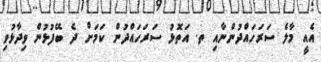
އެއީ މާލެ ސަރަހައްދުންނާއި ތ. އަތޮޅު ސަރަހައްދުން ކަމަށް ދެ ބޭފުޅުން ވިދާޅުވި